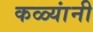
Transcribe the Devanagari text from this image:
कळ्यांनी